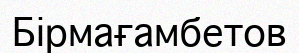
Бірмағамбетов